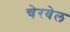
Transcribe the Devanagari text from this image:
चेरवेल